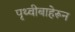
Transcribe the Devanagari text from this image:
पृथ्वीबाहेरून